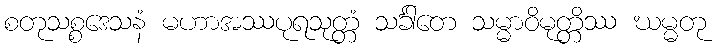
စတုသစ္စဒေသနံ မဟာအဿပုရသုတ္တံ သင်္ခါတေ သမ္မာဝိမုတ္တိဿ ဃမ္မတု